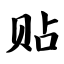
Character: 贴